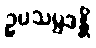
ဥပသမ္ပဒန္တိ